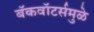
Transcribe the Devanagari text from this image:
बॅकवॉटर्समुळे